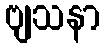
ဗျသနာ